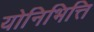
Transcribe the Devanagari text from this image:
योनिभित्ति